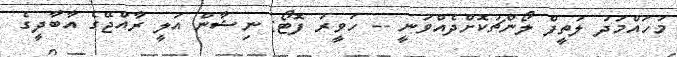
މުހައްމަދު ލަތީފް ލޯންޗުކޮށްދެއްވަނީ -- ހަވީރު ފޮޓޯ: ނިޝާން އަލީ ރާއްޖޭގެ އާބާދީގެ